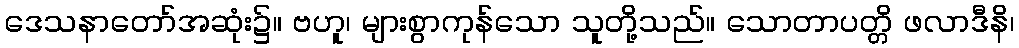
ဒေသနာတော်အဆုံး၌။ ဗဟူ၊ များစွာကုန်သော သူတို့သည်။ သောတာပတ္တိ ဖလာဒီနိ၊